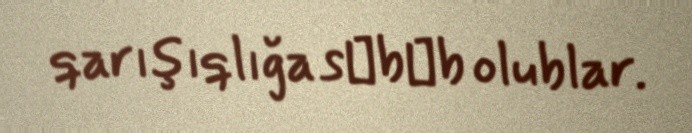
qarışıqlığa sәbәb olublar.